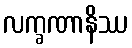
လက္ခဏာနိဿ